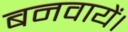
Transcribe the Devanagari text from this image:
बनवायें।